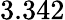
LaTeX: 3.342